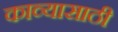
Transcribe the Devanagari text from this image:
काव्यासाठी